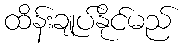
ထိန်းချုပ်နိုင်မည်